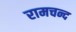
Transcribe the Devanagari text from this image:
रामचन्द